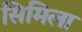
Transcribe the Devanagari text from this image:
सिमिला